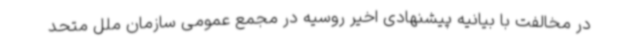
در مخالفت با بیانیه پیشنهادی اخیر روسیه در مجمع عمومی سازمان ملل متحد